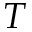
T